画像に写った文字を読んでください
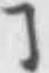
「ヿ」と書いてあります